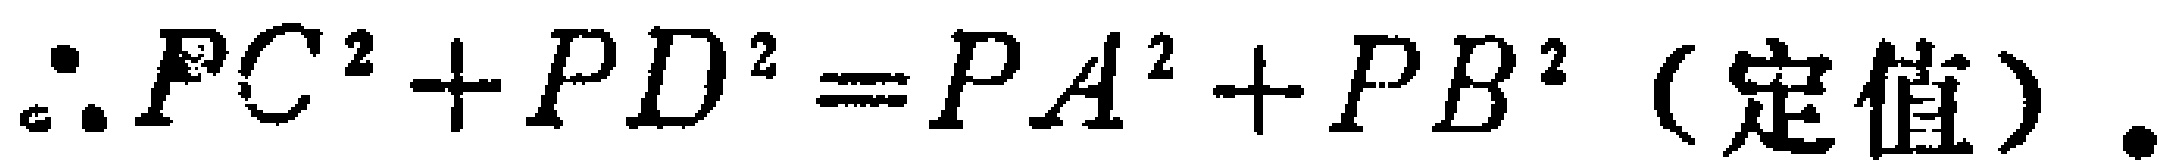
\(\therefore PC^{2}+PD^{2}=PA^{2}+PB^{2}\)（定值）.